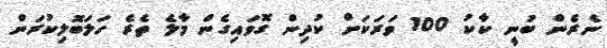
ނެރެން ބުނީ ކާކު 100 ވަރަކަށް ކުދިން ގޮވައިގެން މާލެ ތެރެ ހަލަބޮލިކުރަން